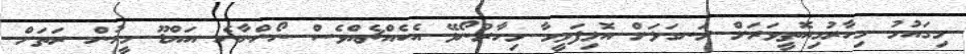
މިގައުމު މިހާރުމިއޮތީވަރަށް ރަނގަޅަށް އޮޅިފަވީމާ މިހާރުނޯޅޭ އެކެއްޗެއްވެސް ނޯންނާނެ އަަައްޑޫ މީހުން ރަތަށް